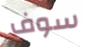
سوف